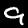
Digit: 9